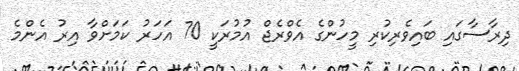
ދިރާސާގައި ބައިވެރިކުރި މީހުންގެ އެވްރެޖް އުމުރަކީ 70 އަހަރު ކަމަށްވާ އިރު އެންމެ